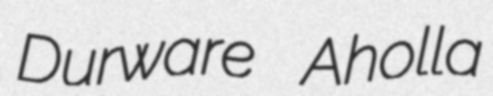
Durware Aholla